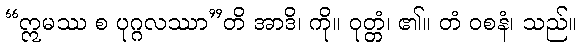
“ဣမဿ စ ပုဂ္ဂလဿာ”တိ အာဒိ၊ ကို။ ဝုတ္တံ၊ ၏။ တံ ဝစနံ၊ သည်။